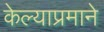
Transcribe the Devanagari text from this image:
केल्याप्रमाने